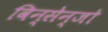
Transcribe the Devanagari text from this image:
विन्सेन्जो